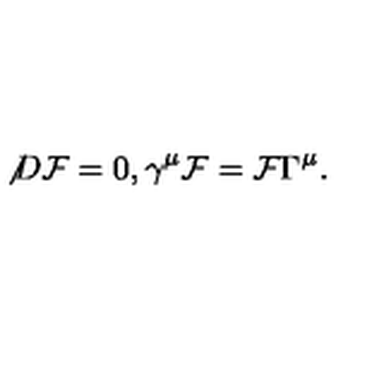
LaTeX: { \not D } { \cal F } = 0 , \gamma ^ { \mu } { \cal F } = { \cal F } \Gamma ^ { \mu } .